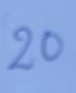
20